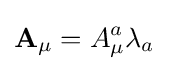
{\mathbf {A} }_{\mu }=A_{\mu }^{a}\lambda _{a}